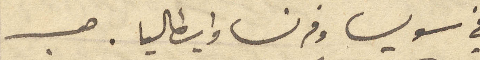
في سويس وفرنسا وإيطاليا. حب